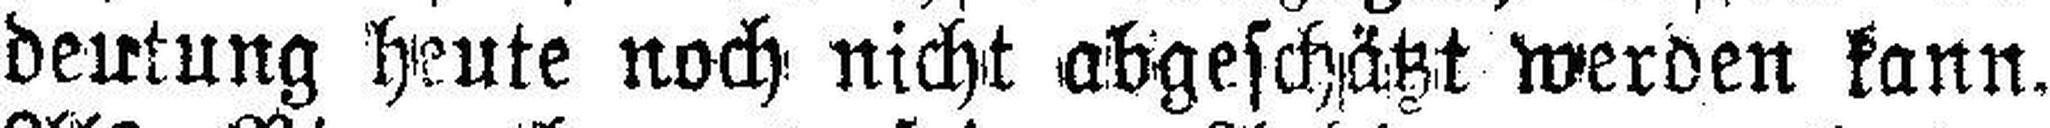
deutung heute noch nicht abgeschätzt werden kann.